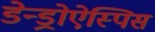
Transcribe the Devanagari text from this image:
डेन्ड्रोऐस्पिस